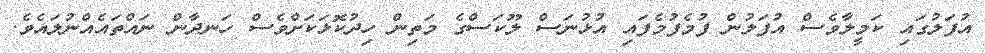
އުފަލުގައި ކަމީލާވެސް އުފަލުން ފުމެފުމެފައި އުޅުނަސް ލޫކަސްގެ މަތިން ހިދުކޮޅަކަށްވެސް ހަނދާން ނައްތައެއްނުލައެވެ.